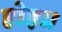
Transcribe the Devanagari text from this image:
होइ॥